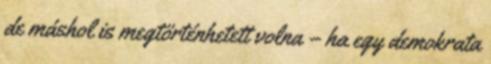
de máshol is megtörténhetett volna – ha egy demokrata